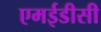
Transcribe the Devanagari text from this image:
एमईडीसी